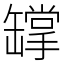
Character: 罉